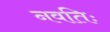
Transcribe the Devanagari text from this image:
नवतिः